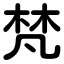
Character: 梵